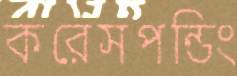
করেসপন্ডিং